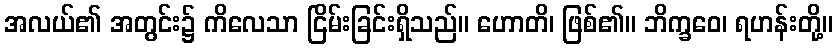
အလယ်၏ အတွင်း၌ ကိလေသာ ငြိမ်းခြင်းရှိသည်။ ဟောတိ၊ ဖြစ်၏။ ဘိက္ခဝေ၊ ရဟန်းတို့။